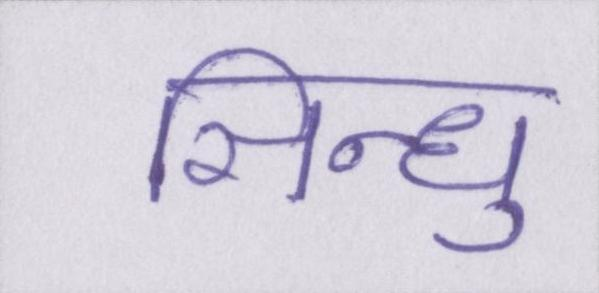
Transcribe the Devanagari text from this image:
सिन्धु